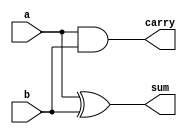

module AdderHalf(

  input a,
  input b,
  output sum,
  output carry
);

  xor XOR1 (sum,a,b);
  and AND1 (carry,a,b);

endmodule